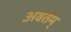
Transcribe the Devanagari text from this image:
अवर्तम्